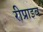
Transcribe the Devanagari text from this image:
रीप्राइव